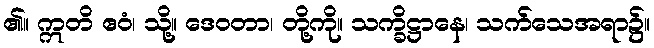
၏။ ဣတိ ဧဝံ၊ သို့။ ဒေဝတာ၊ တို့ကို။ သက္ခိဋ္ဌာနေ၊ သက်သေအရာ၌။